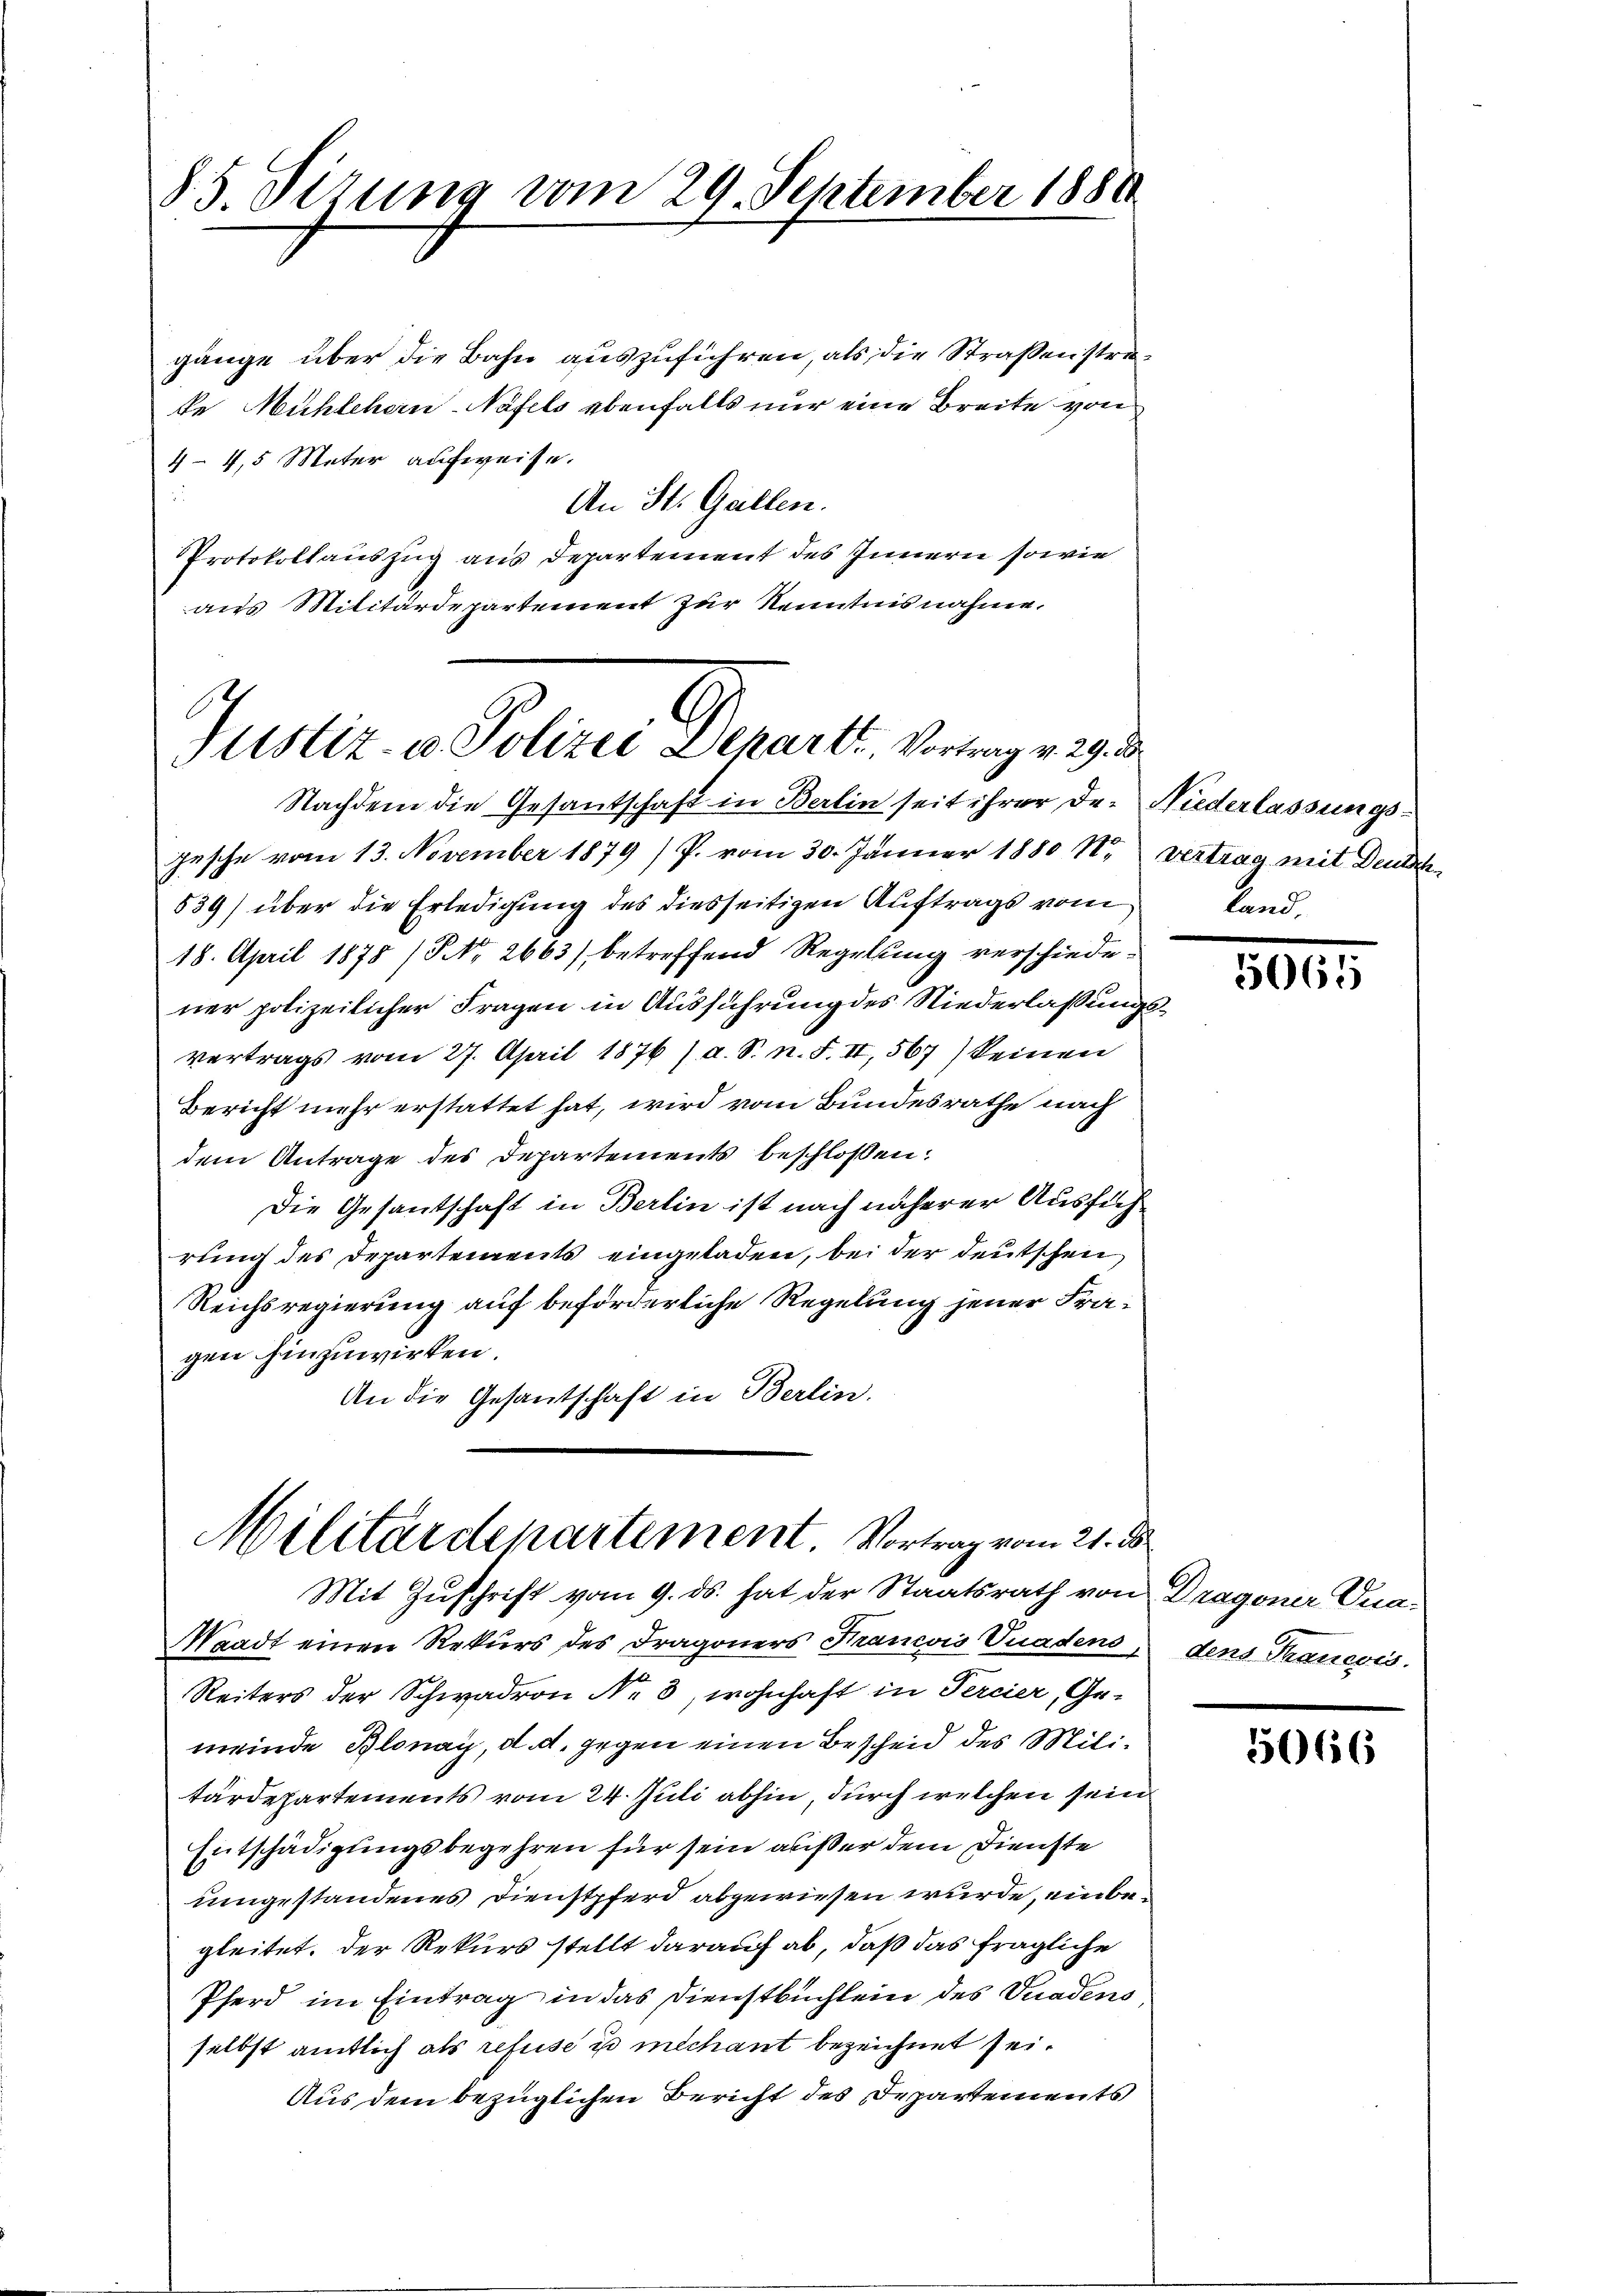
85. dirung vom 29. September 1880

gänge über die Bahn auszuführen, als die Straßenstrake Mühlehorn-Näfels ebenfalls nur eine Breite von
4-4,5 Mater aufweise.
An St. Gallen.
Protokollauszug aus Departement des Innern sowie
aus Militärdepartement zur Kenntnisnahme.

Justiz & Polen Derarti, Bürger 193.

Militärdepartement. Vortrag vom 21. ds.
Mit Zuschrift vom 9. ds. hat der Staatsrath von Dragoner Gna¬

Nachdem die Gesandschaft in Berlin seit ihrer der Niederlassungs¬
Gesche vom 13. November 1879) P. vom 30. Jänner 1880 N. vertrag mit Deutsch
539) über die Erledigung des diesseitigen Auftrags vom Land¬
18. April 1878 (NNo. 2663) betreffend Regelung verschiede-
ner polizeilicher Fragen in Ausführung des Niederlaßungsvertrags vom 27. April 1876 /d. S. n. F. II 567) keinen
Bericht mehr erstattet hat, wird vom Bundesrathe nach
dem Antrage des Departements beschloßen:
Die Gesantschaft in Berlin ist nach näherer Ausführung des Departements eingeladen, bei der deutschen
Reichsregierung auf beförderliche Regelung jener Fra-
gen hinzuwirken.
An die Gesantschaft in Berlin.

Waadt einen Rekurs des Dragoners Francois Vuadens dens Trancois.
Reiters der Schwadron Nr 8, wohnhaft in Percier, Ge-
meinde Blonay, d. d. gegen einen Bescheid des Militärdepartements vom 24. Juli abhin, durch welchen sein
Entschädigungsbegehren für sein außer dem Dienste
umgestandenes Dienstpferd abgewiesen wurde, einbegleitet. Der Rekurs stellt darauf ab, daß das fragliche
Pferd im Eintrag in das Dienstbuchlein des Gnadens
selbst amtlich als refuse u mechant bezeichnet sei.
Aus dem bezüglichen Bericht des Departements

5061

5066